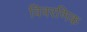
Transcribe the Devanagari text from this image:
विवरणिक